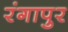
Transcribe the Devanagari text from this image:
रंगापुर